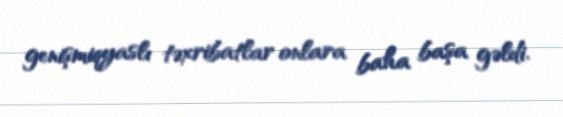
genişmiqyaslı təxribatlar onlara baha başa gəldi.